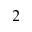
2